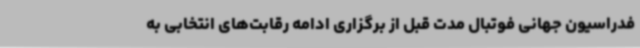
فدراسیون جهانی فوتبال مدت قبل از برگزاری ادامه رقابت‌های انتخابی به